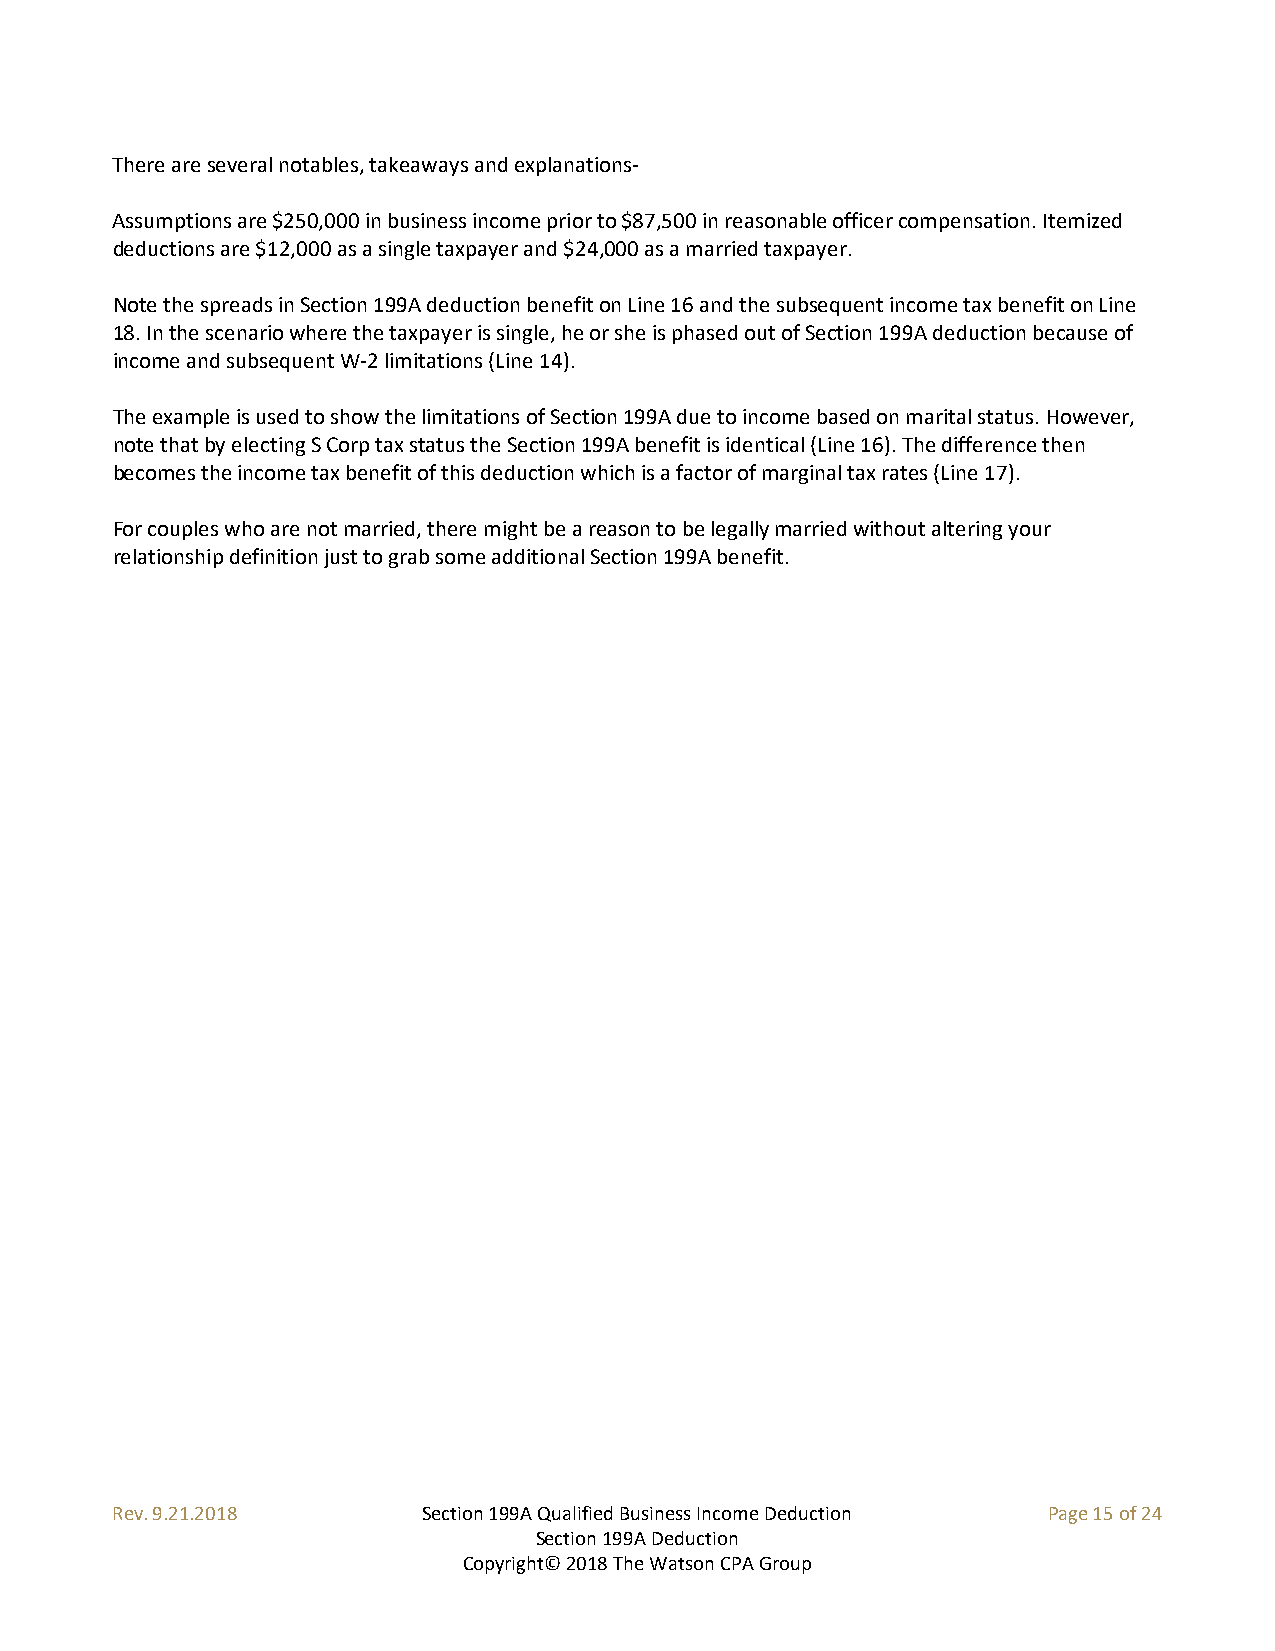
There are several notables, takeaways and explanations-
 Assumptions are $250,000 in business income prior to $87,500 in reasonable officer compensation. Itemized
 deductions are $12,000 as a single taxpayer and $24,000 as a married taxpayer.
 Note the spreads in Section 199A deduction benefit on Line 16 and the subsequent income tax benefit on Line
 18. In the scenario where the taxpayer is single, he or she is phased out of Section 199A deduction because of
 income and subsequent W-2 limitations (Line 14).
 The example is used to show the limitations of Section 199A due to income based on marital status. However,
 note that by electing S Corp tax status the Section 199A benefit is identical (Line 16). The difference then
 becomes the income tax benefit of this deduction which is a factor of marginal tax rates (Line 17).
 For couples who are not married, there might be a reason to be legally married without altering your
 relationship definition just to grab some additional Section 199A benefit.
 Rev. 9.21.2018       Section 199A Qualified Business Income Deduction Page 15 of 24
 Section 199A Deduction
 Copyright© 2018 The Watson CPA Group